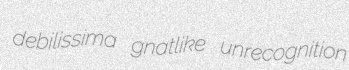
debilissima gnatlike unrecognition